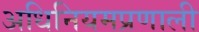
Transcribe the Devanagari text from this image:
अधिनियमप्रणाली